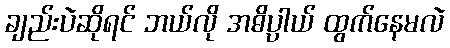
ချည်းပဲဆိုရင် ဘယ်လို အဓိပ္ပါယ် ထွက်နေမလဲ